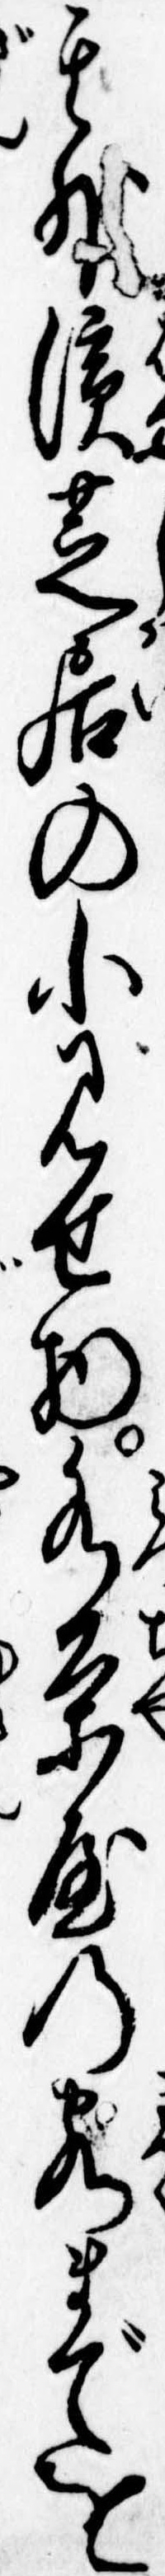
其外浜芝居の小見せ物水茶屋の客までを